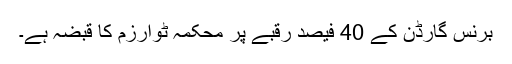
برنس گارڈن کے 40 فیصد رقبے پر محکمہ ٹوارزم کا قبضہ ہے۔